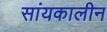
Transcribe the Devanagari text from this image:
सांयकालीन